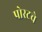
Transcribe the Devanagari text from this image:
पोस्टचे